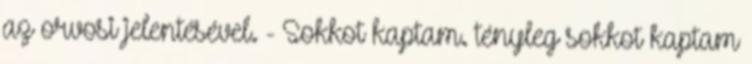
az orvosi jelentésével. - Sokkot kaptam. tényleg sokkot kaptam